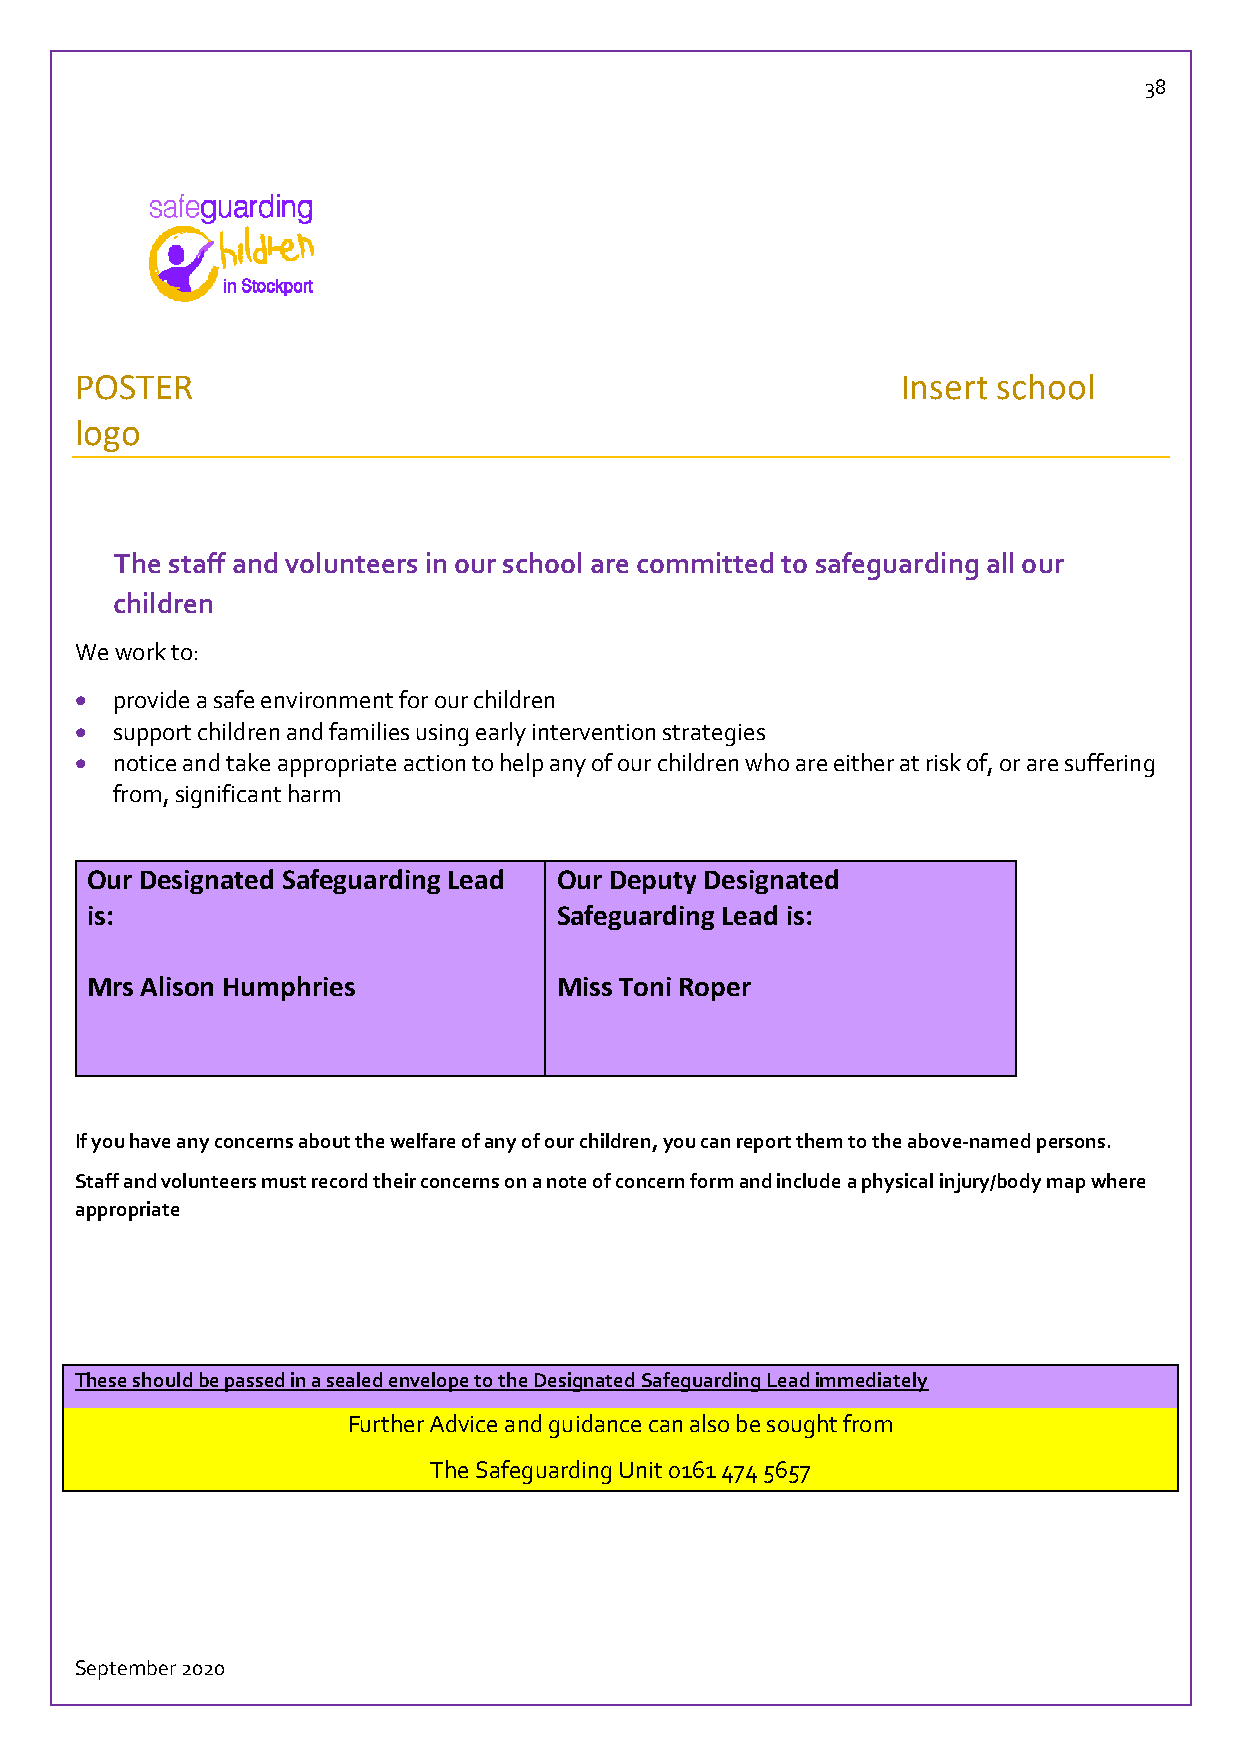
38
 POSTER                                                 Insert school
 logo
 The staff and volunteers in our school are committed to safeguarding all our
 children
 We work to:
  provide a safe environment for our children
  support children and families using early intervention strategies
  notice and take appropriate action to help any of our children who are either at risk of, or are suffering
 from, significant harm
 Our Designated Safeguarding Lead Our Deputy Designated
 is:                            Safeguarding Lead is:
 Mrs Alison Humphries           Miss Toni Roper
 If you have any concerns about the welfare of any of our children, you can report them to the above-named persons.
 Staff and volunteers must record their concerns on a note of concern form and include a physical injury/body map where
 appropriate
 These should be passed in a sealed envelope to the Designated Safeguarding Lead immediately
 Further Advice and guidance can also be sought from
 The Safeguarding Unit 0161 474 5657
 September 2020